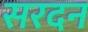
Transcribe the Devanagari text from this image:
सरदन